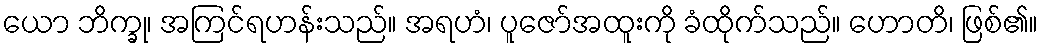
ယော ဘိက္ခု၊ အကြင်ရဟန်းသည်။ အရဟံ၊ ပူဇော်အထူးကို ခံထိုက်သည်။ ဟောတိ၊ ဖြစ်၏။